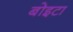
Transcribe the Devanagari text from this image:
बोइटा